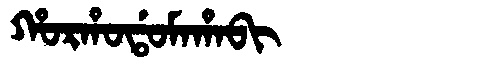
Manchu: ᡥᠣᡵᡥᠣᡩᠣᠮᠠᡥᠠᠪᡳ
Romanization: HORHODOMAHABI